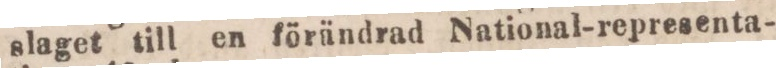
slaget till en förändrad National-representa-